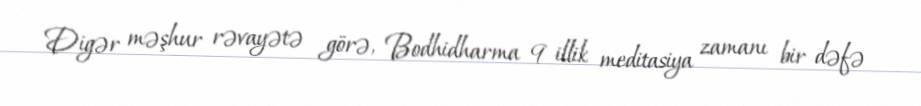
Digər məşhur rəvayətə görə, Bodhidharma 9 illik meditasiya zamanı bir dəfə